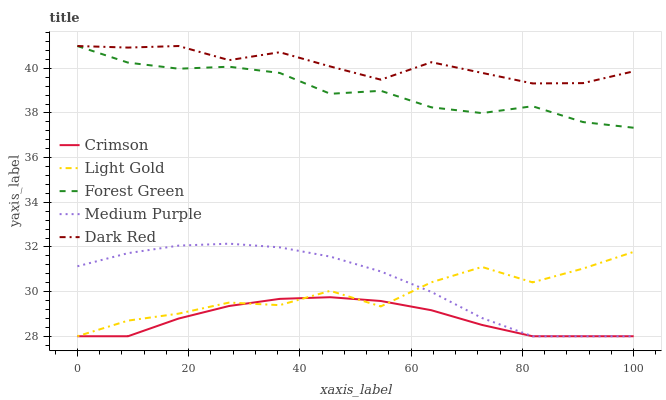
| xaxis_label | Crimson | Light Gold | Forest Green | Medium Purple | Dark Red |
 | --- | --- | --- | --- | --- | --- |
 | 0 | 28 | 28 | 41 | 31.1 | 41 |
 | 9.09 | 28 | 28.7 | 40.3 | 31.7 | 40.9 |
 | 18.2 | 28.8 | 29 | 40 | 32.1 | 41 |
 | 27.3 | 29.4 | 29.5 | 40.1 | 32.1 | 40.4 |
 | 36.4 | 29.7 | 29.4 | 39.8 | 32 | 40.7 |
 | 45.5 | 29.7 | 30 | 38.9 | 31.6 | 40.1 |
 | 54.5 | 29.6 | 29.3 | 39 | 30.9 | 39.5 |
 | 63.6 | 29.2 | 30.4 | 38.3 | 30 | 40.3 |
 | 72.7 | 28.5 | 31.1 | 38 | 28.8 | 39.8 |
 | 81.8 | 28 | 30.4 | 38.3 | 28 | 39.3 |
 | 90.9 | 28 | 31 | 37.6 | 28 | 39.3 |
 | 100 | 28 | 31.8 | 37.3 | 28 | 39.9 |